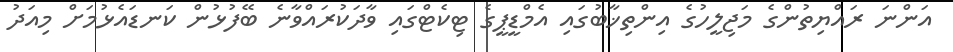
އަންނަ ރައްޔިތުންގެ މަޖިލީހުގެ އިންތިޚާބުގައި އެމްޑީޕީގެ ޓިކެޓްގައި ވާދަކުރައްވާނެ ބޭފުޅުން ކަނޑައެޅުމަށް މިއަދު